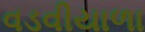
વડવીયાળા